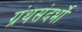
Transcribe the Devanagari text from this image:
ग्रंथसंदर्भों